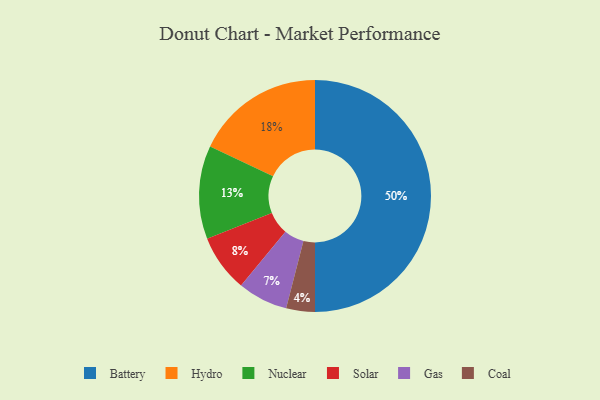
{"axis": {"x": "Category", "y": "Percentage"}, "legend": ["Battery", "Coal", "Gas", "Hydro", "Nuclear", "Solar"], "data": [{"x": "Nuclear", "y": 13, "type": "Nuclear"}, {"x": "Hydro", "y": 18, "type": "Hydro"}, {"x": "Coal", "y": 4, "type": "Coal"}, {"x": "Battery", "y": 50, "type": "Battery"}, {"x": "Gas", "y": 7, "type": "Gas"}, {"x": "Solar", "y": 8, "type": "Solar"}]}